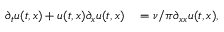
\begin{array} { r l } { \partial _ { t } u ( t , x ) + u ( t , x ) \partial _ { x } u ( t , x ) } & { { } = \nu / \pi \partial _ { x x } u ( t , x ) , } \end{array}